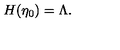
H ( \eta _ { 0 } ) = \Lambda .